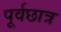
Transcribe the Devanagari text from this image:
पूर्वछात्र